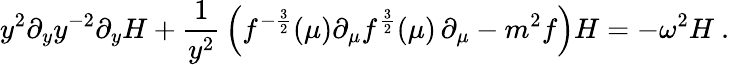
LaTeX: y^{2}\partial_{y}y^{-2}\partial_{y}H+{\frac{1}{y^{2}}}\left(f^{-{\frac{3}{2}}}(\mu)\partial_{\mu}f^{{\frac{3}{2}}}(\mu)\, \partial_{\mu}-m^{2}f\right)H=-\omega^{2}H\ .